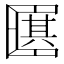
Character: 𠥩